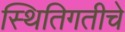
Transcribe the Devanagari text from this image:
स्थितिगतीचे